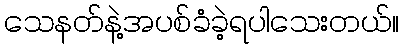
သေနတ်နဲ့အပစ်ခံခဲ့ရပါသေးတယ်။